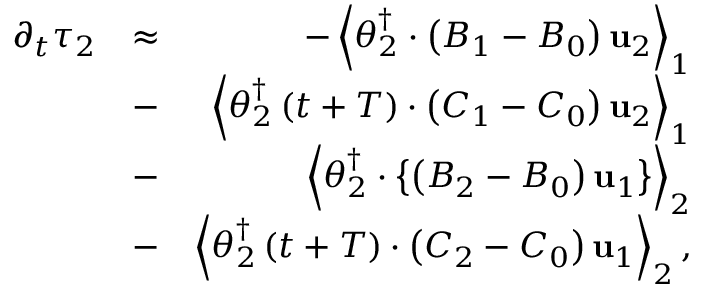
\begin{array} { r l r } { \partial _ { t } \tau _ { 2 } } & { \approx } & { - \left\langle \boldsymbol { \theta } _ { 2 } ^ { \dagger } \cdot \left( { \cal B } _ { 1 } - { \cal B } _ { 0 } \right) \mathbf { u } _ { 2 } \right\rangle _ { 1 } } \\ & { - } & { \left\langle \boldsymbol { \theta } _ { 2 } ^ { \dagger } \left( t + T \right) \cdot \left( { \cal C } _ { 1 } - { \cal C } _ { 0 } \right) \mathbf { u } _ { 2 } \right\rangle _ { 1 } } \\ & { - } & { \left\langle \boldsymbol { \theta } _ { 2 } ^ { \dagger } \cdot \left\{ \left( { \cal B } _ { 2 } - { \cal B } _ { 0 } \right) \mathbf { u } _ { 1 } \right\} \right\rangle _ { 2 } } \\ & { - } & { \left\langle \boldsymbol { \theta } _ { 2 } ^ { \dagger } \left( t + T \right) \cdot \left( { \cal C } _ { 2 } - { \cal C } _ { 0 } \right) \mathbf { u } _ { 1 } \right\rangle _ { 2 } , } \end{array}